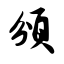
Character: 颁